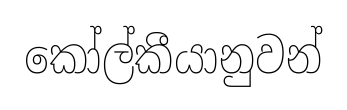
කෝල්කීයානුවන්